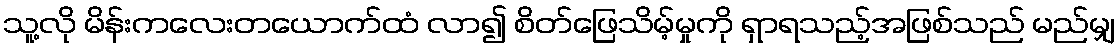
သူ့လို မိန်းကလေးတယောက်ထံ လာ၍ စိတ်ဖြေသိမ့်မှုကို ရှာရသည့်အဖြစ်သည် မည်မျှ